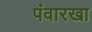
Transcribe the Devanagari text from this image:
पंवारखा